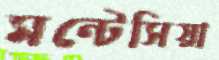
মন্টেসিয়া